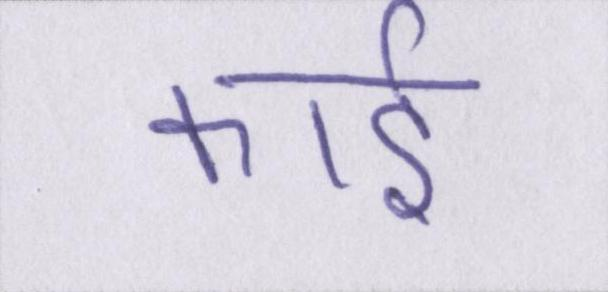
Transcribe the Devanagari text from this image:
कार्ड